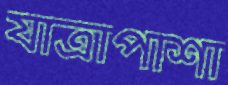
যাত্রাপাশা